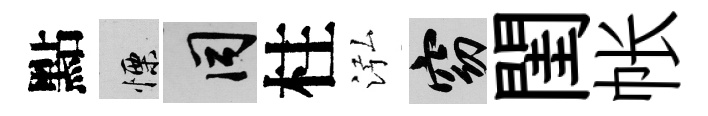
點慄间柱泓窈閨帐